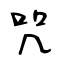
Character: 咒